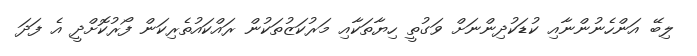
ލިބޭ އަންހެނުންނާއި ކުޑަކުދިންނަށް ވަގުތީ ހިޔާތަކާއި މަރުކަޒުތަކުން ރައްކައުތެރިކަން ފޯރުކޮށްދީ އެ ފަދަ